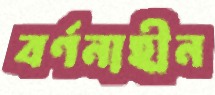
বর্ণনাহীন